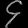
Digit: ၄